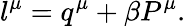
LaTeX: l^{\mu}=q^{\mu}+\beta P^{\mu}.